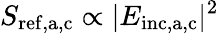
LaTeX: S_{\mathrm{ref,a,c}}\propto|E_{\mathrm{inc,a,c}}|^{2}